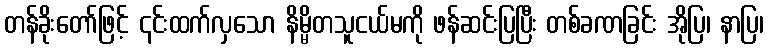
တန်ခိုးတော်ဖြင့် ၎င်းထက်လှသော နိမ္မိတသူငယ်မကို ဖန်ဆင်းပြပြီး တစ်ခဏခြင်း အိုပြ၊ နာပြ၊